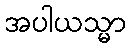
အပါယသ္မာ